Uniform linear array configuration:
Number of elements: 48
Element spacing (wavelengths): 0.5
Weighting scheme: hann
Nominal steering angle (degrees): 45
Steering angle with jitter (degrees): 45.753
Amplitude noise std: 0.05
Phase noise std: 0.05

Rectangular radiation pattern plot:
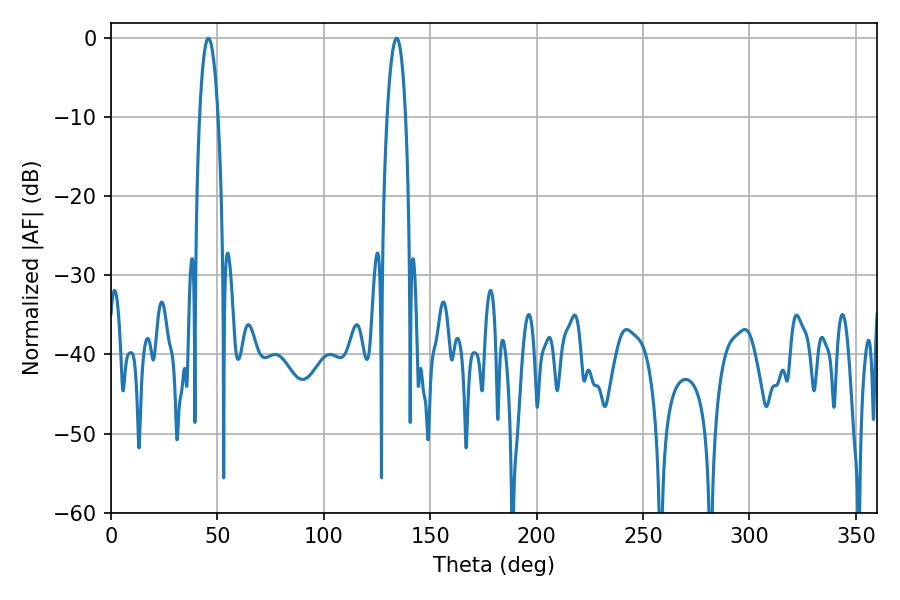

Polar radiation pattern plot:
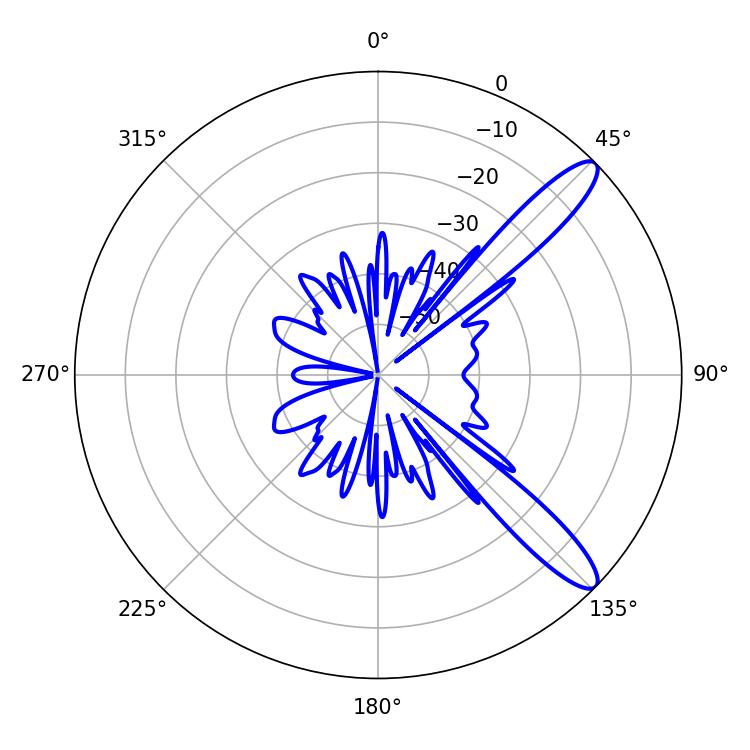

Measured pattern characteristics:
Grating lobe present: FALSE
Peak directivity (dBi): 11.859
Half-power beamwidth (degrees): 4.86
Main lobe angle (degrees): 45.72